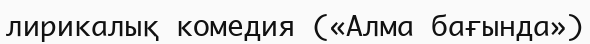
лирикалық комедия («Алма бағында»)